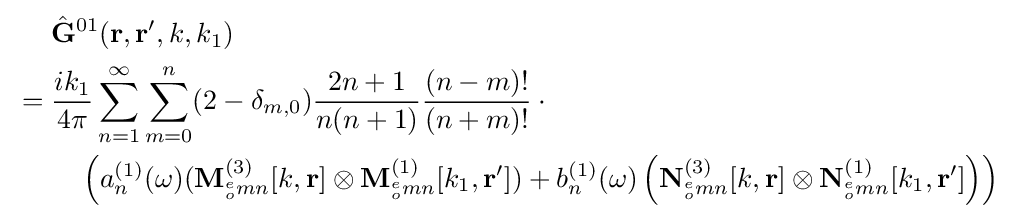
{\begin{aligned}&{\hat {\bf {G}}}^{01}({\mathbf {r} ,\mathbf {r} ',k,k_{1}})\\{}={}&{\frac {ik_{1}}{4\pi }}\sum _{n=1}^{\infty }\sum _{m=0}^{n}(2-\delta _{m,0}){\frac {2n+1}{n(n+1)}}{\frac {(n-m)!}{(n+m)!}}\cdot {}\\&\quad \left(a_{n}^{(1)}(\omega )(\mathbf {M} _{^{e}_{o}mn}^{(3)}[k,\mathbf {r} ]\otimes {\mathbf {M} }_{^{e}_{o}mn}^{(1)}[k_{1},\mathbf {r} '])+b_{n}^{(1)}(\omega )\left(\mathbf {N} _{^{e}_{o}mn}^{(3)}[k,\mathbf {r} ]\otimes {\mathbf {N} }_{^{e}_{o}mn}^{(1)}[k_{1},\mathbf {r} ']\right)\right)\end{aligned}}